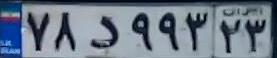
۷۸د۹۹۳۲۳